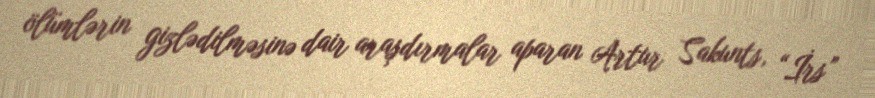
ölümlərin gizlədilməsinə dair araşdırmalar aparan Artur Sakunts, “İrs”